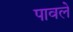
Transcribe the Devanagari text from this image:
पावलें